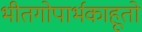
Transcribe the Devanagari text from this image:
भीतगोपार्भकाहूतो